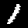
Digit: 1